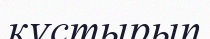
құстырып